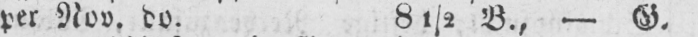
per Nov. do. 81/2 B., - G.